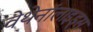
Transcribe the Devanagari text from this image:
वेथेनॉलाइड्स